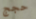
حجج